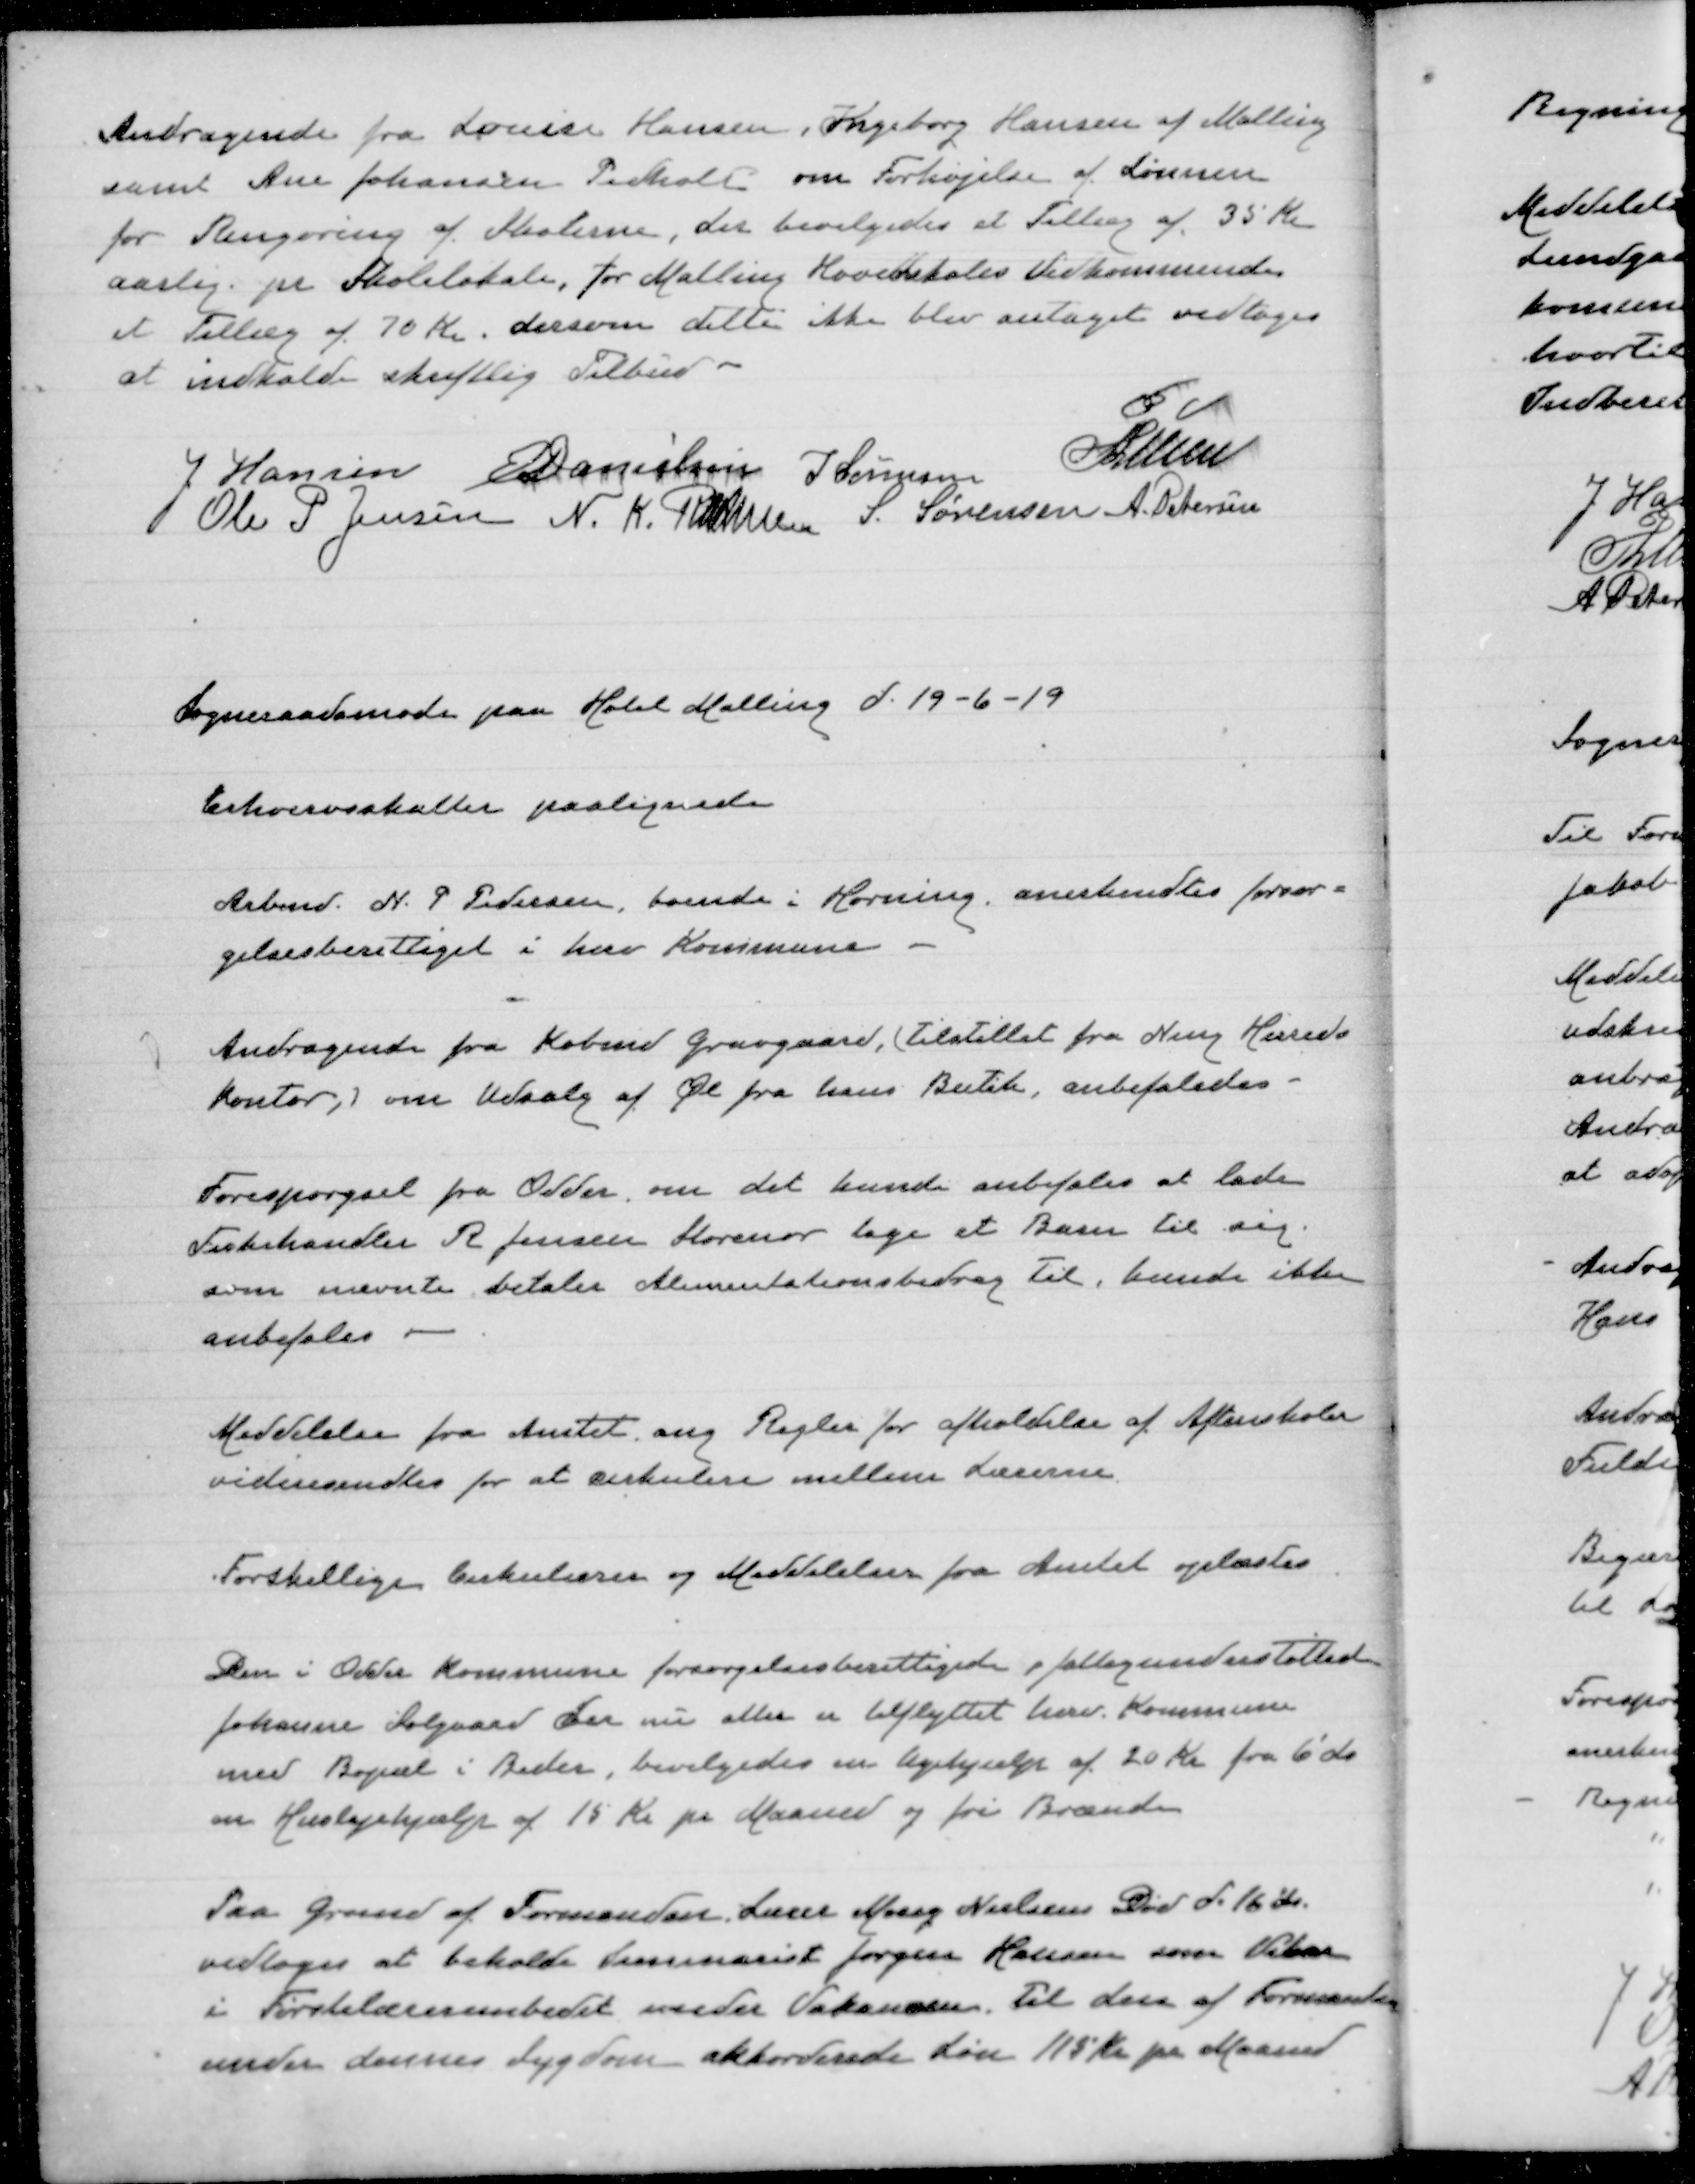
Transskription:
Andragende fra Louise Hansen, Ingeborg Hansen af Malling
samt Ane Johansen Pedholt om Forhøjelse af Lønnen
for Rengøring af Skolerne, der bevilgedes et Tillæg af 35 Kr
aarlig. pr Skolelokale, for Malling Hovedskoles Vedkommende
et Tillæg af 70 Kr. dersom dette ikke blev antaget vedtoges
at indkalde skriftlig Tilbud

J Hansen E Danielsen J Sørensen Lunn
Ole P Jensen N.K. Rasmussen S. Sørensen A Petersen

Sogneraadsmøde paa Hotel Malling d. 19-6-19

Erhvervsskatte paalignede

Arbmd. N.P. Pedersen, boende i Hørning, anerkendtes forsørg=
gelsesberettiget i herv. Kommune

Andragende fra Købmd. Gravgaard, (Tilstillet fra Ning Herreds
Kontor,) om udsalg af Øl fra hans Butik, anbefaledes

Forespørgsel fra Odder om det kunde anbefales at lade
Fiskehandler R Jensen Storenor tage et Barn til sig.
som nævnte betaler Alimentationsbidrag Til, kunde ikke
anbefales

Meddelelse fra Amtet ang. Regler for afholdelse af Aftenskoler
videresendtes for at cirkulere mellem Lærerne

Forskellige Cirkulærer og Meddelelser fra Amtet oplæstes

Den i Odder Kommune forsørgelsesberettigede,  fattigunderstøttede
Johanne Solgaard der nu atter er tilflyttet herv. Kommune
med Bopæl i Beder, bevilgedes en  af 20 Kr fra 6'de
en Huslejehjælp af 15 Kr pr Maaned og fri Brænde

Paa grund af Formanden Lærer Moes Nielsen Død d. 16 ds.
vedtoges at beholde  Jørgen Hansen som Vikar
i Førstelærerembedet under Vakancen. Til den af Førnævntes
under dennes Sygdom akkordende Løn 115 Kr pr Maaned